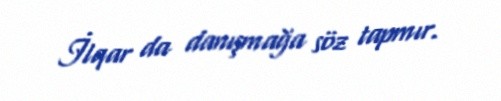
İlqar da danışmağa söz tapmır.